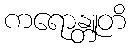
ကရောန္တူတိ